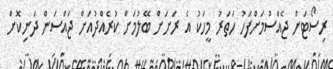
ރިސޯޓަށް ޖެއްސުމަށްފަހު ހަތަރު މީހަކު އެ ރަށަށް ބޭލުމަށް ކުރެއްދުއަށް ޖައްސަން ދަނިކޮށް